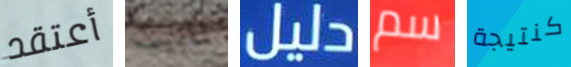
أعتقد المبيت دليل سم كنتيجة